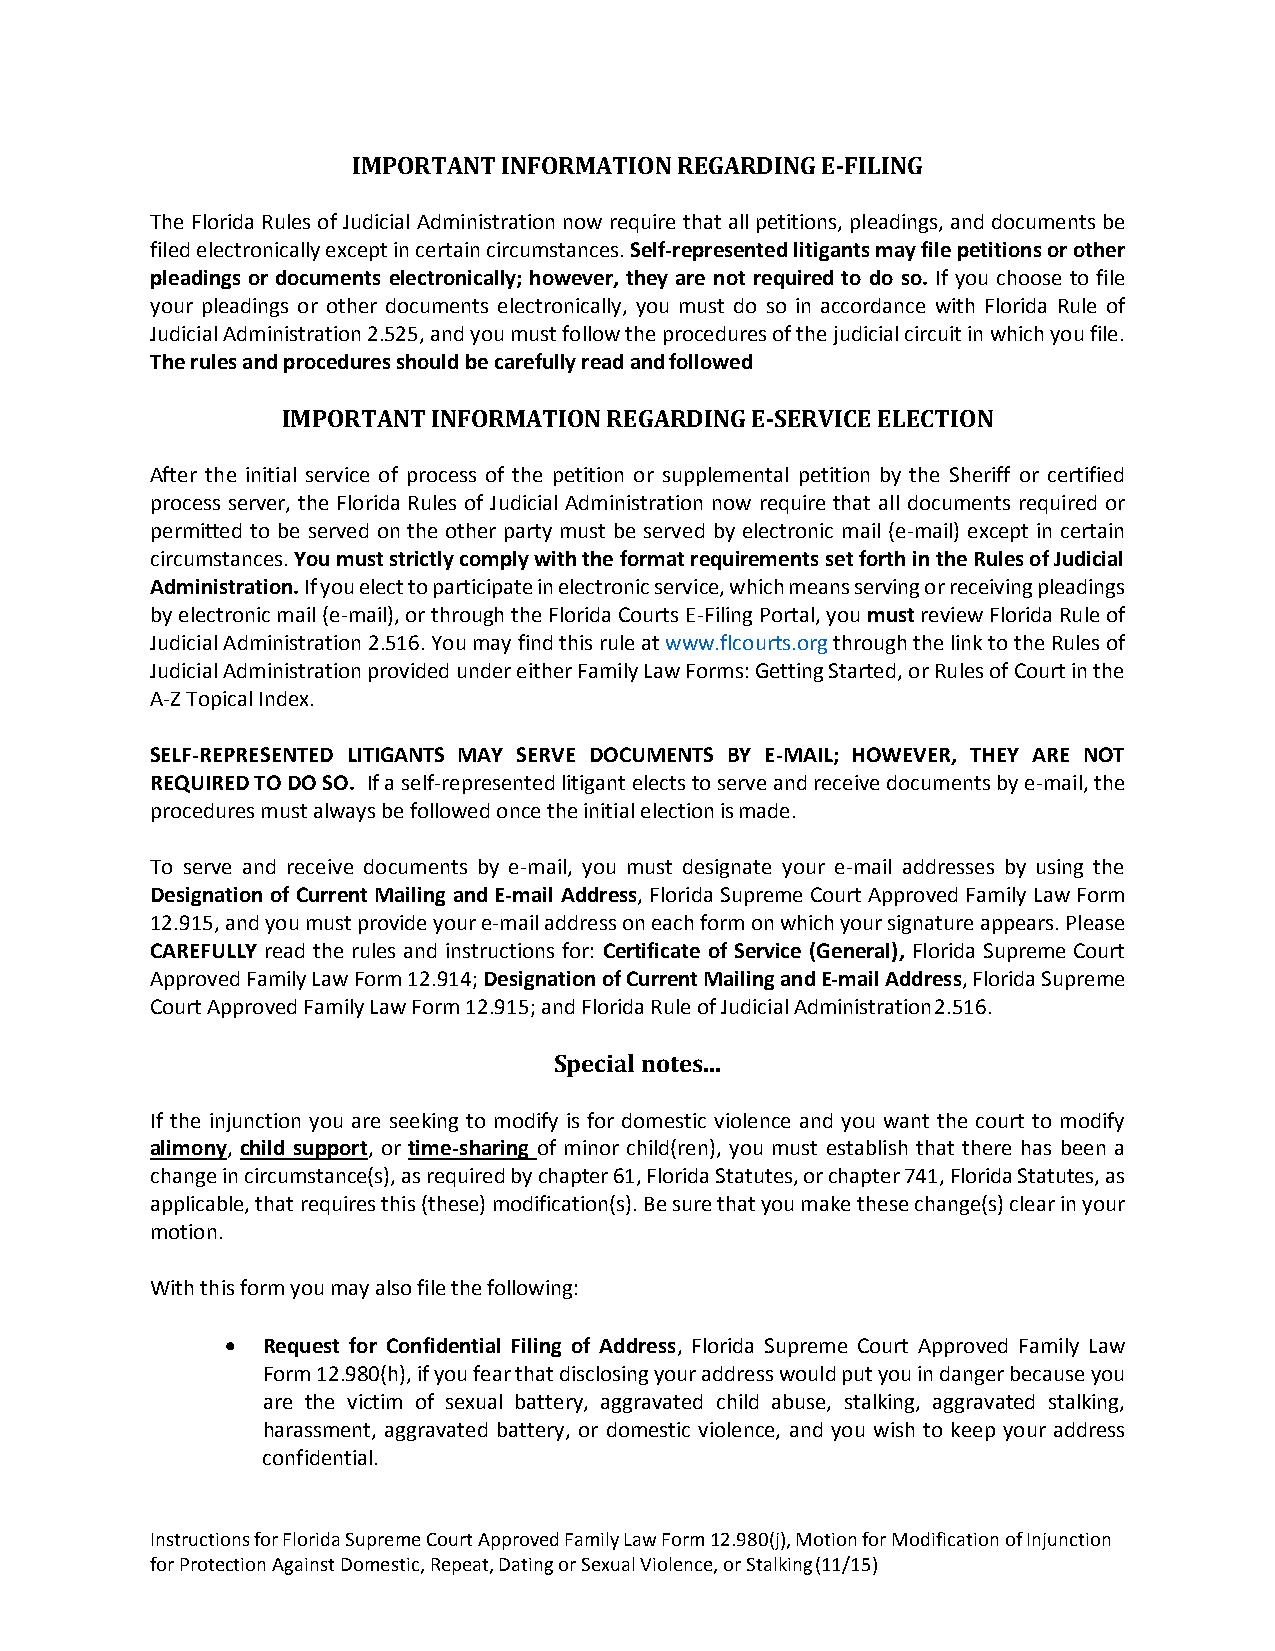
IMPORTANT INFORMATION REGARDING E-FILING
 The Florida Rules of Judicial Administration now require that all petitions, pleadings, and documents be
 filed electronically except in certain circumstances. Self-represented litigants may file petitions or other
 pleadings or documents electronically; however, they are not required to do so. If you choose to file
 your pleadings or other documents electronically, you must do so in accordance with Florida Rule of
 Judicial Administration 2.525, and you must follow the procedures of the judicial circuit in which you file.
 The rules and procedures should be carefully read and followed
 IMPORTANT INFORMATION REGARDING E-SERVICE ELECTION
 After the initial service of process of the petition or supplemental petition by the Sheriff or certified
 process server, the Florida Rules of Judicial Administration now require that all documents required or
 permitted to be served on the other party must be served by electronic mail (e-mail) except in certain
 circumstances. You must strictly comply with the format requirements set forth in the Rules of Judicial
 Administration. If you elect to participate in electronic service, which means serving or receiving pleadings
 by electronic mail (e-mail), or through the Florida Courts E-Filing Portal, you must review Florida Rule of
 Judicial Administration 2.516. You may find this rule at www.flcourts.org through the link to the Rules of
 Judicial Administration provided under either Family Law Forms: Getting Started, or Rules of Court in the
 A-Z Topical Index.
 SELF-REPRESENTED LITIGANTS MAY SERVE DOCUMENTS BY E-MAIL; HOWEVER, THEY ARE NOT
 REQUIRED TO DO SO. If a self-represented litigant elects to serve and receive documents by e-mail, the
 procedures must always be followed once the initial election is made.
 To serve and receive documents by e-mail, you must designate your e-mail addresses by using the
 Designation of Current Mailing and E-mail Address, Florida Supreme Court Approved Family Law Form
 12.915, and you must provide your e-mail address on each form on which your signature appears. Please
 CAREFULLY read the rules and instructions for: Certificate of Service (General), Florida Supreme Court
 Approved Family Law Form 12.914; Designation of Current Mailing and E-mail Address, Florida Supreme
 Court Approved Family Law Form 12.915; and Florida Rule of Judicial Administration 2.516.
 Special notes...
 If the injunction you are seeking to modify is for domestic violence and you want the court to modify
 alimony, child support, or time-sharing of minor child(ren), you must establish that there has been a
 change in circumstance(s), as required by chapter 61, Florida Statutes, or chapter 741, Florida Statutes, as
 applicable, that requires this (these) modification(s). Be sure that you make these change(s) clear in your
 motion.
 With this form you may also file the following:
  Request for Confidential Filing of Address, Florida Supreme Court Approved Family Law
 Form 12.980(h), if you fear that disclosing your address would put you in danger because you
 are the victim of sexual battery, aggravated child abuse, stalking, aggravated stalking,
 harassment, aggravated battery, or domestic violence, and you wish to keep your address
 confidential.
 Instructions for Florida Supreme Court Approved Family Law Form 12.980(j), Motion for Modification of Injunction
 for Protection Against Domestic, Repeat, Dating or Sexual Violence, or Stalking (11/15)